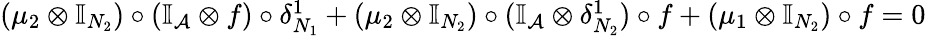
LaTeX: \begin{array}{r}{(\mu_{2}\otimes\mathbb{I}_{N_{2}})\circ(\mathbb{I}_{\mathcal{A}}\otimes f)\circ\delta_{N_{1}}^{1}+(\mu_{2}\otimes\mathbb{I}_{N_{2}})\circ(\mathbb{I}_{\mathcal{A}}\otimes\delta_{N_{2}}^{1})\circ f+(\mu_{1}\otimes\mathbb{I}_{N_{2}})\circ f=0}\end{array}